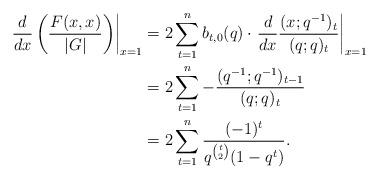
LaTeX: \begin{align*}\left. \frac{d}{dx}\left( \frac{F(x, x)}{|G|} \right)\right|_{x = 1} & = 2 \sum_{t = 1}^n b_{t, 0}(q) \cdot \left. \frac{d}{dx}\frac{(x; q^{-1})_t}{(q; q)_t}\right|_{x = 1} \\& = 2 \sum_{t = 1}^n - \frac{(q^{-1}; q^{-1})_{t - 1}}{(q; q)_t} \\& = 2 \sum_{t = 1}^n \frac{(-1)^t}{q^{\binom{t}{2}} (1 - q^t)}.\end{align*}